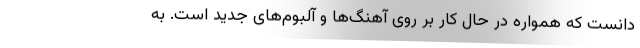
دانست که همواره در حال کار بر روی آهنگ‌ها و آلبوم‌های جدید است. به